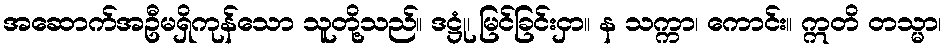
အဆောက်အဦမရှိကုန်သော သူတို့သည်။ ဒဋ္ဌုံ၊ မြင်ခြင်းငှာ။ န သက္ကာ၊ ကောင်း။ ဣတိ တသ္မာ၊